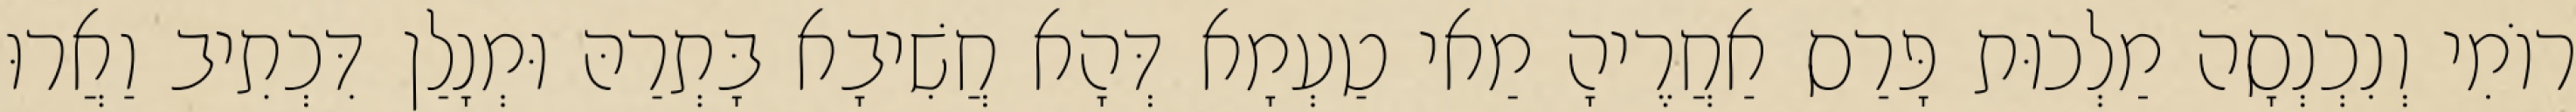
רוֹמִי וְנִכְנְסָה מַלְכוּת פָּרַס אַחֲרֶיהָ מַאי טַעְמָא דְּהָא חֲשִׁיבָא בָּתְרַהּ וּמְנָלַן דִּכְתִיב וַאֲרוּ